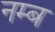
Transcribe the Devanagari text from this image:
नम्ब